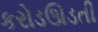
કરોડઊડતી